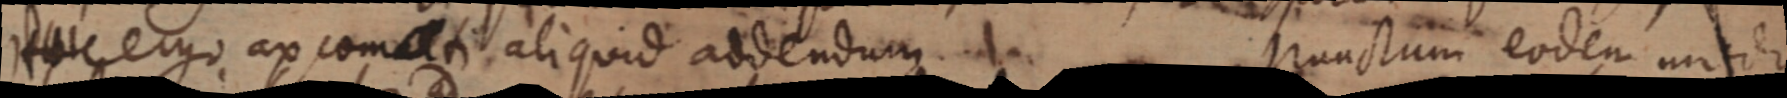
Hinc ergo ax comalti aliquid addendum Punctum eodem modo